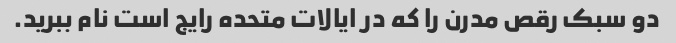
دو سبک رقص مدرن را که در ایالات متحده رایج است نام ببرید.